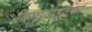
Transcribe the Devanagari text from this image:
विमानाइतका